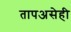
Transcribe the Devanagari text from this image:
तापअसेही